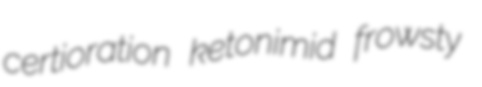
certioration ketonimid frowsty